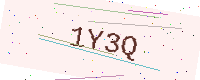
Text: 1Y3Q